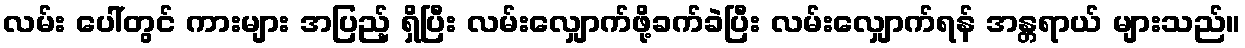
လမ်း ပေါ်တွင် ကားများ အပြည့် ရှိပြီး လမ်းလျှောက်ဖို့ခက်ခဲပြီး လမ်းလျှောက်ရန် အန္တရာယ် များသည်။